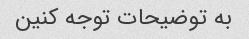
به توضیحات توجه کنین